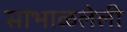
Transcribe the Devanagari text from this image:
सांभाळलेली